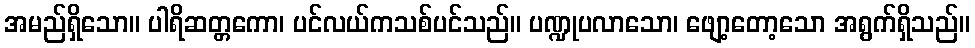
အမည်ရှိသော။ ပါရိဆတ္တကော၊ ပင်လယ်ကသစ်ပင်သည်။ ပဏ္ဍုပလာသော၊ ဖျော့တော့သော အရွက်ရှိသည်။